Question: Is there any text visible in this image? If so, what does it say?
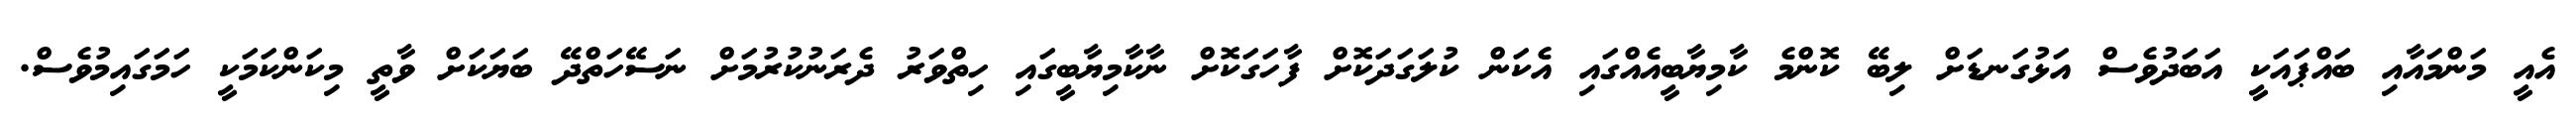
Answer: އެއީ މަންމައާއި ބައްޕައަކީ އަބަދުވެސް އަޅުގަނޑަށް ލިބޭ ކޮންމެ ކާމިޔާބީއެއްގައި އެކަން ކުލަގަދަކޮށް ފާހަގަކޮށް ނާކާމިޔާބީގައި ހިތްވަރު ދެރަނުކުރުމަށް ނަސޭހަތްދޭ ބަޔަކަށް ވާތީ މިކަންކަމަކީ ހަމަގައިމުވެސް.